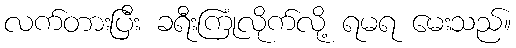
လက်တားပြီး ခရီးကြုံလိုက်လို့ ရမရ မေးသည်။